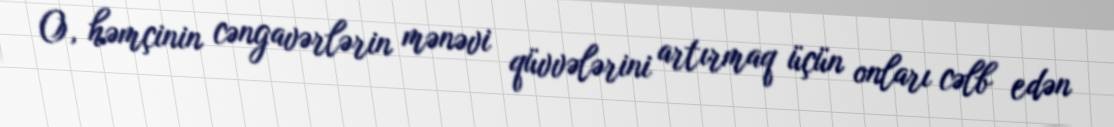
O, həmçinin cəngavərlərin mənəvi qüvvələrini artırmaq üçün onları cəlb edən